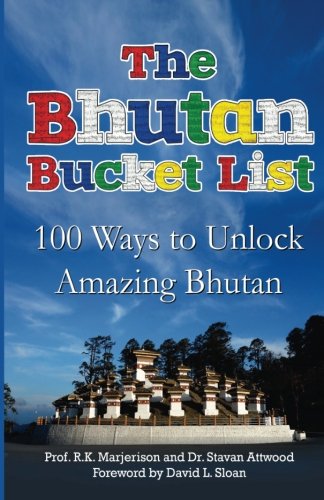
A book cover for The Bhutan Bucket List: 100 Ways to Unlock Amazing Bhutan (The Bucket List Series); Prof R. K. Marjerison; Travel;